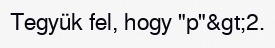
Tegyük fel, hogy "p"&gt;2.